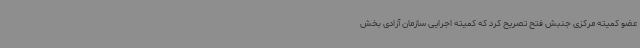
عضو کمیته مرکزی جنبش فتح تصریح کرد که کمیته اجرایی سازمان آزادی بخش